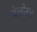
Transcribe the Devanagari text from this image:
वेलोरम